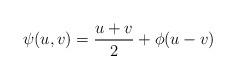
LaTeX: \begin{align*}\psi(u,v) = \frac{u+v}{2} + \phi(u-v)\end{align*}